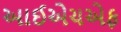
આઈએચએફ